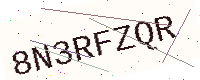
Text: 8N3RFZQR